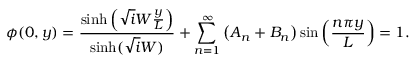
\phi ( 0 , y ) = \frac { \sinh \left( \sqrt i W \frac { y } { L } \right) } { \sinh ( \sqrt i W ) } + \sum _ { n = 1 } ^ { \infty } \left( A _ { n } + B _ { n } \right) \sin \left( \frac { n \pi y } { L } \right) = 1 .